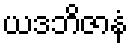
ယဒဘိဇာနံ